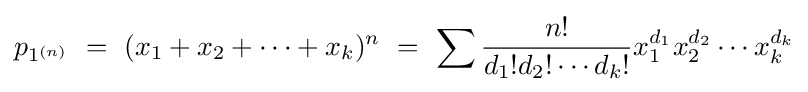
p_{1^{(n)}}\ =\ (x_{1}+x_{2}+\cdots +x_{k})^{n}\ =\ \sum {\frac {n!}{d_{1}!d_{2}!\cdots d_{k}!}}x_{1}^{d_{1}}x_{2}^{d_{2}}\cdots x_{k}^{d_{k}}